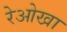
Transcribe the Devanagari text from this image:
रेओखा